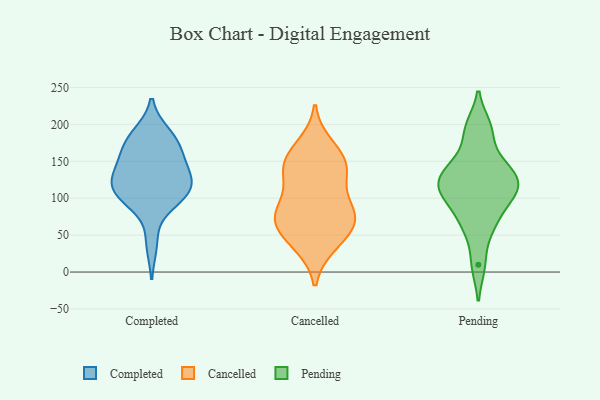
{"axis": {"x": "Churn Rate (%)", "y": "Value"}, "legend": ["Cancelled", "Completed", "Pending"], "data": [{"x": "", "y": 104, "type": "Completed"}, {"x": "", "y": 136, "type": "Completed"}, {"x": "", "y": 133, "type": "Completed"}, {"x": "", "y": 39, "type": "Completed"}, {"x": "", "y": 130, "type": "Completed"}, {"x": "", "y": 104, "type": "Completed"}, {"x": "", "y": 180, "type": "Completed"}, {"x": "", "y": 107, "type": "Completed"}, {"x": "", "y": 178, "type": "Completed"}, {"x": "", "y": 186, "type": "Completed"}, {"x": "", "y": 109, "type": "Completed"}, {"x": "", "y": 164, "type": "Completed"}, {"x": "", "y": 129, "type": "Completed"}, {"x": "", "y": 160, "type": "Completed"}, {"x": "", "y": 100, "type": "Completed"}, {"x": "", "y": 80, "type": "Cancelled"}, {"x": "", "y": 139, "type": "Cancelled"}, {"x": "", "y": 36, "type": "Cancelled"}, {"x": "", "y": 149, "type": "Cancelled"}, {"x": "", "y": 57, "type": "Cancelled"}, {"x": "", "y": 82, "type": "Cancelled"}, {"x": "", "y": 135, "type": "Cancelled"}, {"x": "", "y": 37, "type": "Cancelled"}, {"x": "", "y": 161, "type": "Cancelled"}, {"x": "", "y": 72, "type": "Cancelled"}, {"x": "", "y": 114, "type": "Cancelled"}, {"x": "", "y": 69, "type": "Cancelled"}, {"x": "", "y": 141, "type": "Cancelled"}, {"x": "", "y": 172, "type": "Cancelled"}, {"x": "", "y": 66, "type": "Cancelled"}, {"x": "", "y": 88, "type": "Cancelled"}, {"x": "", "y": 102, "type": "Pending"}, {"x": "", "y": 145, "type": "Pending"}, {"x": "", "y": 124, "type": "Pending"}, {"x": "", "y": 108, "type": "Pending"}, {"x": "", "y": 10, "type": "Pending"}, {"x": "", "y": 190, "type": "Pending"}, {"x": "", "y": 65, "type": "Pending"}, {"x": "", "y": 64, "type": "Pending"}, {"x": "", "y": 101, "type": "Pending"}, {"x": "", "y": 143, "type": "Pending"}, {"x": "", "y": 130, "type": "Pending"}, {"x": "", "y": 196, "type": "Pending"}, {"x": "", "y": 118, "type": "Pending"}]}